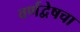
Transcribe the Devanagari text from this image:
वर्णद्वेषचा